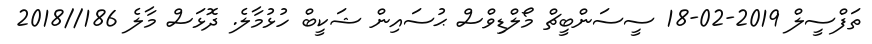
ތަފްސީލް 2019-02-18 ސީސަންބީޗް މޯލްޑިވްސް ޙުސައިން ޝަކީބް ހުޅުމާލެ. ދޮޅަސް މާލެ 186//2018